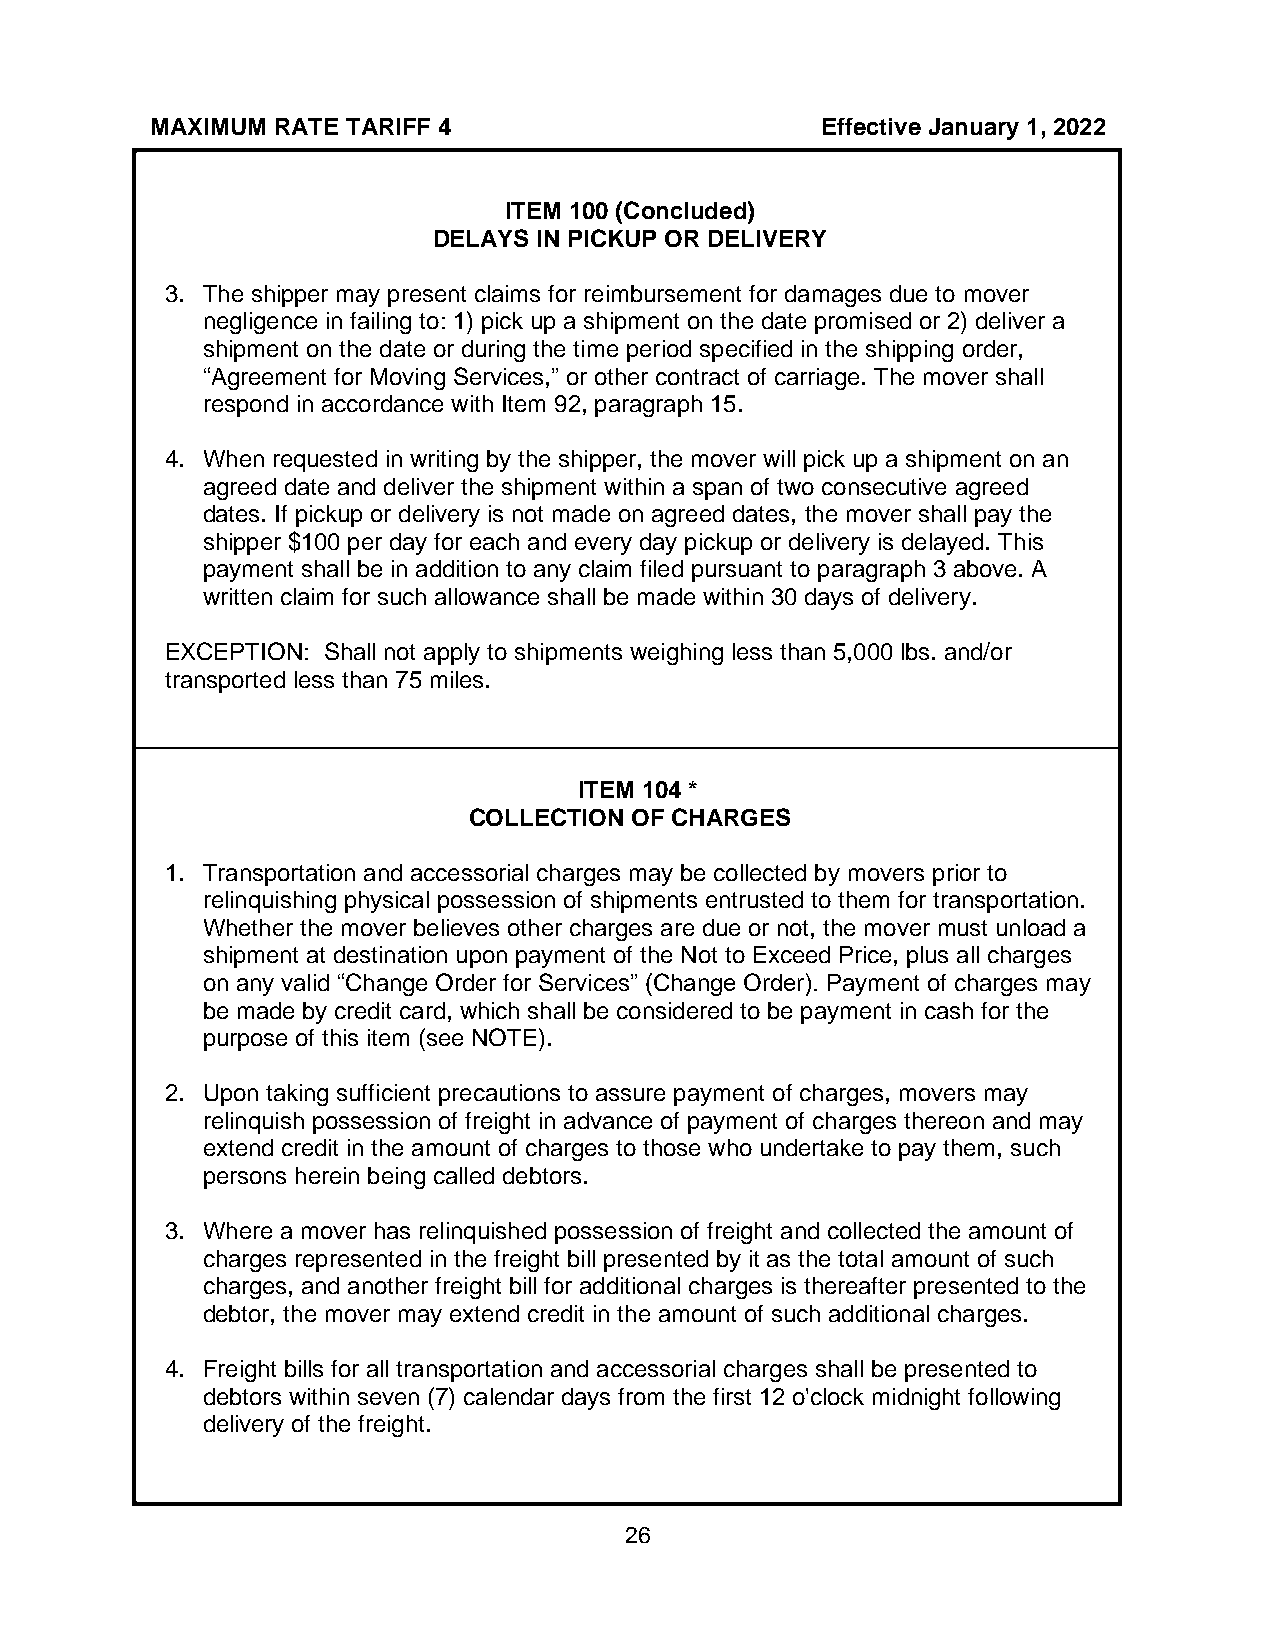
MAXIMUM RATE TARIFF 4                       Effective January 1, 2022
 ITEM 100 (Concluded)
 DELAYS IN PICKUP OR DELIVERY
 3. The shipper may present claims for reimbursement for damages due to mover
 negligence in failing to: 1) pick up a shipment on the date promised or 2) deliver a
 shipment on the date or during the time period specified in the shipping order,
 “Agreement for Moving Services,” or other contract of carriage. The mover shall
 respond in accordance with Item 92, paragraph 15.
 4. When requested in writing by the shipper, the mover will pick up a shipment on an
 agreed date and deliver the shipment within a span of two consecutive agreed
 dates. If pickup or delivery is not made on agreed dates, the mover shall pay the
 shipper $100 per day for each and every day pickup or delivery is delayed. This
 payment shall be in addition to any claim filed pursuant to paragraph 3 above. A
 written claim for such allowance shall be made within 30 days of delivery.
 EXCEPTION: Shall not apply to shipments weighing less than 5,000 lbs. and/or
 transported less than 75 miles.
 ITEM 104 *
 COLLECTION OF CHARGES
 1. Transportation and accessorial charges may be collected by movers prior to
 relinquishing physical possession of shipments entrusted to them for transportation.
 Whether the mover believes other charges are due or not, the mover must unload a
 shipment at destination upon payment of the Not to Exceed Price, plus all charges
 on any valid “Change Order for Services” (Change Order). Payment of charges may
 be made by credit card, which shall be considered to be payment in cash for the
 purpose of this item (see NOTE).
 2. Upon taking sufficient precautions to assure payment of charges, movers may
 relinquish possession of freight in advance of payment of charges thereon and may
 extend credit in the amount of charges to those who undertake to pay them, such
 persons herein being called debtors.
 3. Where a mover has relinquished possession of freight and collected the amount of
 charges represented in the freight bill presented by it as the total amount of such
 charges, and another freight bill for additional charges is thereafter presented to the
 debtor, the mover may extend credit in the amount of such additional charges.
 4. Freight bills for all transportation and accessorial charges shall be presented to
 debtors within seven (7) calendar days from the first 12 o'clock midnight following
 delivery of the freight.
 26